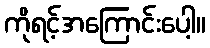
ကိုရင့်အကြောင်းပေါ့။